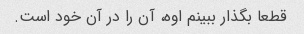
قطعا بگذار ببینم اوه، آن را در آن خود است.